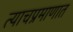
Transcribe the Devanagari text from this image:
त्याचप्रमाणात